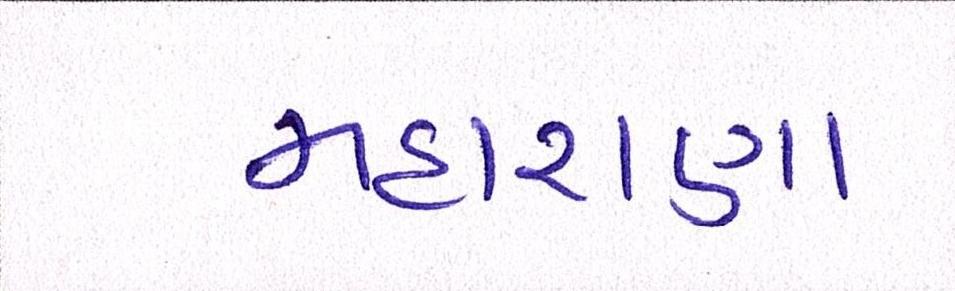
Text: મહારાણા